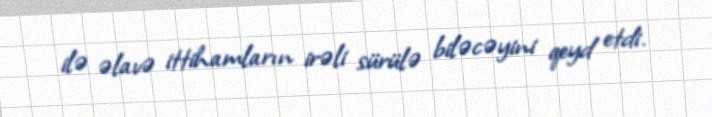
ilə əlavə ittihamların irəli sürülə biləcəyini qeyd etdi.